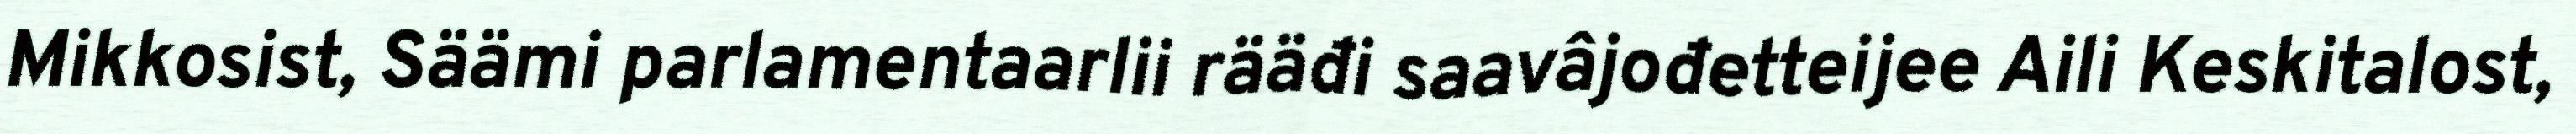
Mikkosist, Säämi parlamentaarlii rääđi saavâjođetteijee Aili Keskitalost,